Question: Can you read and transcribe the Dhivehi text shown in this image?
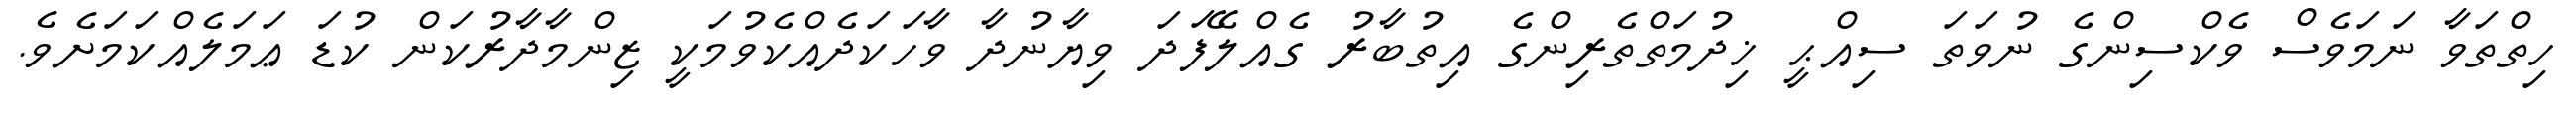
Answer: ހިތްތަވާ ނަމަވެސް ވެކްސިންގެ ނުވަތަ ސިއްޙީ ޚިދުމަތްތެރިންގެ އިތުބާރު ގެއްލޭފަދަ ވިޔާނުދާ ވާހަކަދެއްކެވުމަކީ ޒިންމާދާރުކަން ކުޑަ ޢަމަލެއްކަމަށެވެ.